Report on vaccination in Madras 1877-1894 - 1877-1894
Year: 1877
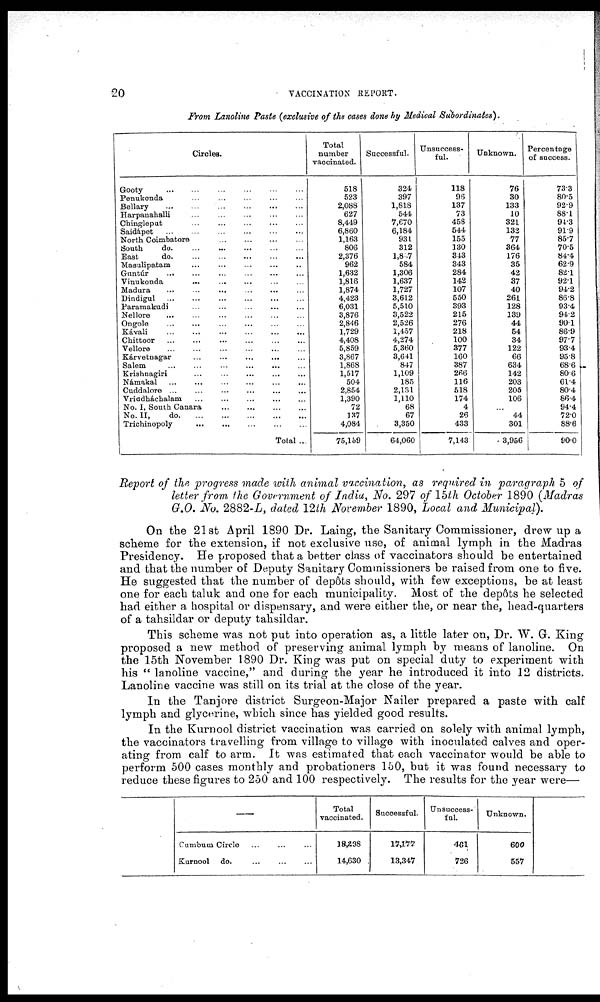
20
VACCINATION REPORT.
From Lanoline Paste (exclusive of the cases done by Medical Subordinates).
Circles.
Gooty
...
...
...
...
...
...
Penukonda
...
...
...
...
...
Bellary
...
...
...
...
...
...
Harpanahalli ... ... ... ... ...
Chingleput
...
...
...
...
...
...
Saidápet ... ... ... ... ...
North Coimbatore
...
...
...
...
South
do. ... ... ... ... ...
East
do. ... ... ... ... ...
Masulipatam ... ... ... ... ...
Guntúr
...
...
...
...
...
...
Vinukonda
...
...
...
...
...
Madura
...
...
...
...
...
...
Dindigul
...
...
...
...
...
...
Paramakudi
...
...
...
...
...
Nellore
...
...
...
...
...
...
Ongole ... ... ... ... ... ...
Kávali
...
...
...
...
...
...
Chittoor
...
...
...
...
...
...
Vellore
...
...
...
...
...
...
Kárvetnagar
...
...
...
...
...
Salem
...
...
...
...
... ...
Krishnagiri ... ... ... ... ...
Námakal
...
...
...
...
...
...
Cuddalore
...
...
...
...
...
...
Vriadháchalam
...
...
...
...
...
...
No. I, South Canara
...
...
...
...
No. II,
do. ... ... ... ... ...
Trichinopoly
...
...
...
...
...
Total ...
Total
number
vaccinated.
518
523
2,088
627
8,449
6,860
1,163
806
2,376
962
1,632
1,816
1,874
4,423
6,031
3,876
2,846
1,729
4,408
5,859
3,867
1,868
1,517
504
2,854
1,390
72
137
4,084
75,159
Successful.
324
397
1,818
544
7,670
6,184
931
312
1,857
584
1,306
1,637
1,727
3,612
5,510
3,522
2,526
1,457
4,274
5,360
3,641
847
1,109
185
2,131
1,110
68
67
3,350
64,060
Unsuccess-
ful.
118
96
137
73
458
544
155
130
343
343
284
142
107
550
393
215
276
218
100
377
160
387
266
116
518
174
4
26
433
7,143
Unknown.
76
30
133
10
321
132
77
364
176
35
42
37
40
261
128
139
44
54
34
122
66
634
142
203
205
106
...
44
301
3,956
Percentage
of success.
73.3
80.5
92.9
88.1
94.3
91.9
85.7
70.5
84.4
62.9
82.1
92.1
94.2
86.8
93.4
94.2
90.1
86.9
97.7
93.4
95.8
68.6
80.6
61.4
80.4
86.4
94.4
72.0
88.6
90.0
Report of the progress made with animal vaccination, as required in paragraph 5 of
letter from the Government of India, No. 297 of 15th October 1890 (Madras
G.O. .No. 2882-L, dated 12th November 1890, Local and Municipal).
On the 21 st April 1890 Dr. Laing, the Sanitary Commissioner, drew up a
scheme for the extension, if not exclusive use, of animal lymph in the Madras
Presidency. He proposed that a better class of vaccinators should be entertained
and that the number of Deputy Sanitary Commissioners be raised from one to five.
He suggested that the number of depôts should, with few exceptions, be at least
one for each taluk and one for each municipality. Most of the depôts he selected
had either a hospital or dispensary, and were either the, or near the, head-quarters
of a tahsildar or deputy tahsildar.
This scheme was not put into operation as, a little later on, Dr. W. G. King
proposed a new method of preserving animal lymph by means of lanoline. On
the 15th November 1890 Dr. King was put on special duty to experiment with
his " lanoline vaccine," and during the year he introduced it into 12 districts.
Lanoline vaccine was still on its trial at the close of the year.
In the Tanjore district Surgeon-Major Nailer prepared a paste with calf
lymph and glycerine, which since has yielded good results.
In the Kurnool district vaccination was carried on solely with animal lymph,
the vaccinators travelling from village to village with inoculated calves and oper-
ating from calf to arm. It was estimated that each vaccinator would be able to
perform 500 cases monthly and probationers 150, but it was found necessary to
reduce these figures to 250 and 100 respectively. The results for the year were—
—
Cumbum Circle ... ... ...
Kurnool do.
...
...
...
Total
vaccinated.
18,238
14,630
Successful.
17,177
13,347
Unsuccess-
ful.
461
726
Unknown.
600
557